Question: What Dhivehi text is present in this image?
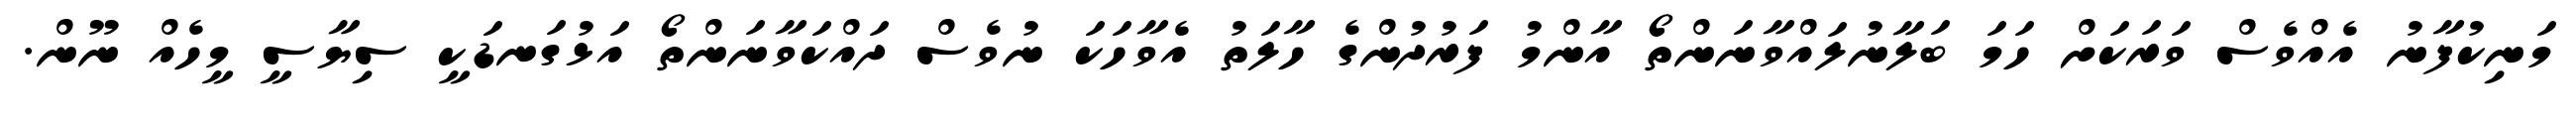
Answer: މަނިކުފާނު އެއްވެސް ވަރަކަށް ހަމަ ބަލާނުލައްވާނަންތޯ އާންމު ފަރުދުންގެ ހާލަތު އެވާހަކަ ނުވެސް ދައްކަވާނަންތޯ އަޅުގަނޑަކީ ސިޔާސީ މީހެއް ނޫން.